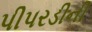
પીપરડીની